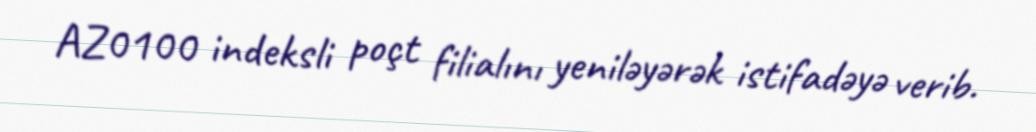
AZ0100 indeksli poçt filialını yeniləyərək istifadəyə verib.